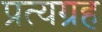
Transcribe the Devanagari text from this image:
प्रत्यग्रह